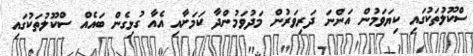
ސްކޫލުތަކުގައި ކިޔަވަމުން އަންނަ ދަރިވަރުން މަދުވަމުންދާ ކަމަށާއި އެއާ ގުޅިގެން ބައެއް ސްކޫލުތަކުގައި